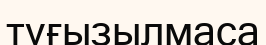
туғызылмаса